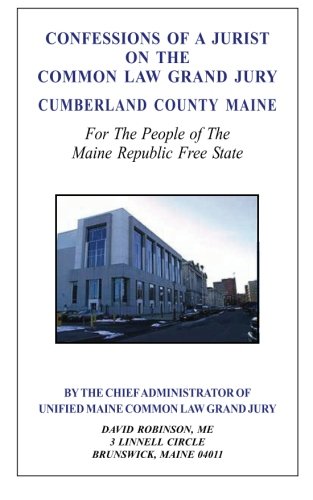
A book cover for Confessions of a Jurist on the Common Law Grand Jury Cumberland County Maine: For The People of The Maine Republic Free State; David E. Robinson; Law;